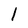
Character: 1